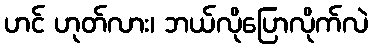
ဟင် ဟုတ်လား၊ ဘယ်လိုပြောလိုက်လဲ